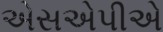
એસએપીએ